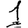
Digit: 1